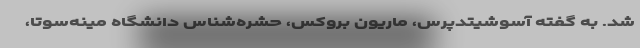
شد. به گفته آسوشیتدپرس، ماریون بروکس، حشره‌شناس دانشگاه مینه‌سوتا،